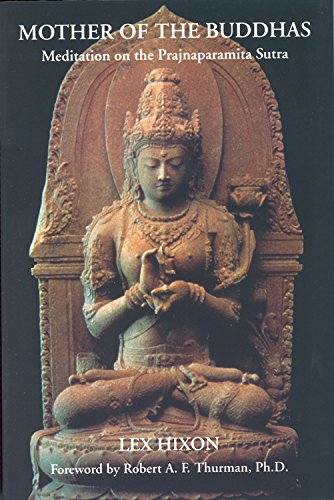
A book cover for Mother of the Buddhas: Meditations on the Prajnaparamita Sutra; Lex Hixon; Religion & Spirituality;